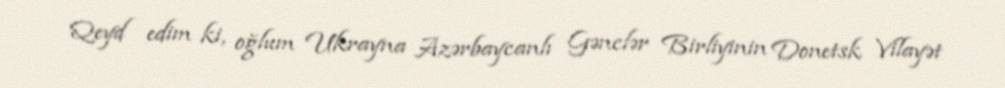
Qeyd edim ki, oğlum Ukrayna Azərbaycanlı Gənclər Birliyinin Donetsk Vilayət